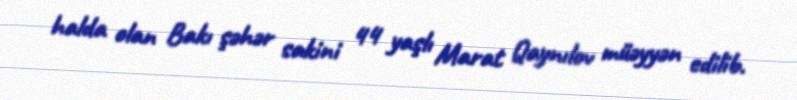
halda olan Bakı şəhər sakini 44 yaşlı Marat Qaynılov müəyyən edilib.